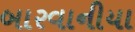
બારવાનીયા